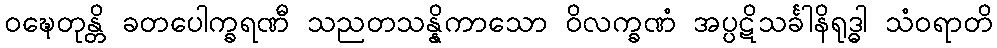
ဝဍ္ဎေတုန္တိ ခတပေါက္ခရဏီ သညတသန္နိကာသော ဝိလက္ခဏံ အပ္ပဋိသင်္ခါနိရုဒ္ဓါ သံဝရာတိ